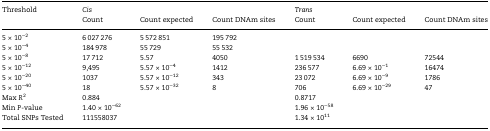
<table><thead><tr><td rowspan="2"><b>Threshold</b></td><td colspan="3"><b><i>Cis</i></b></td><td colspan="3"><b><i>Trans</i></b></td></tr><tr><td><b>Count</b></td><td><b>Count expected</b></td><td><b>Count DNAm sites</b></td><td><b>Count</b></td><td><b>Count expected</b></td><td><b>Count DNAm sites</b></td></tr></thead><tbody><tr><td>5 × 10<sup>−2</sup></td><td>6 027 276</td><td>5 572 851</td><td>195 792</td><td></td><td></td><td></td></tr><tr><td>5 × 10<sup>−4</sup></td><td>184 978</td><td>55 729</td><td>55 532</td><td></td><td></td><td></td></tr><tr><td>5 × 10<sup>−8</sup></td><td>17 712</td><td>5.57</td><td>4050</td><td>1 519 534</td><td>6690</td><td>72544</td></tr><tr><td>5 × 10<sup>−12</sup></td><td>9,495</td><td>5.57 × 10<sup>−4</sup></td><td>1412</td><td>236 577</td><td>6.69 × 10<sup>−1</sup></td><td>16474</td></tr><tr><td>5 × 10<sup>−20</sup></td><td>1037</td><td>5.57 × 10<sup>−12</sup></td><td>343</td><td>23 072</td><td>6.69 × 10<sup>−9</sup></td><td>1786</td></tr><tr><td>5 × 10<sup>−40</sup></td><td>18</td><td>5.57 × 10<sup>−32</sup></td><td>8</td><td>706</td><td>6.69 × 10<sup>−29</sup></td><td>47</td></tr><tr><td>Max <i>R</i><sup>2</sup></td><td>0.884</td><td></td><td></td><td>0.8717</td><td></td><td></td></tr><tr><td>Min <i>P</i>-value</td><td>1.40 × 10<sup>−62</sup></td><td></td><td></td><td>1.96 × 10<sup>−58</sup></td><td></td><td></td></tr><tr><td>Total SNPs Tested</td><td>111558037</td><td></td><td></td><td>1.34 × 10<sup>11</sup></td><td></td><td></td></tr></tbody></table>